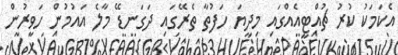
އެކަމަކު ކުރު ޗުއްޓީއެއްގައި މިދިޔަ ހަފުތާ ތެރޭގައި ދަގަނޑޭ މާލެ އައުމުން ހަވީރުން